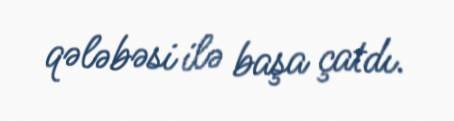
qələbəsi ilə başa çatdı.